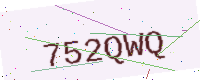
Text: 752QWQ